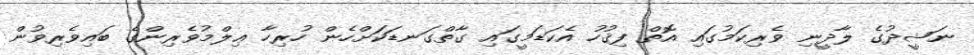
ނަޝީދުގެ ލާދީނި ވެރިކަމުގައި އޮތް ފިޤުހު އެކަޑަމީގައި ގާތްގަނޑަކަށްހެން ހުރިހާ ޢިލްމުވެރިންގެ ބައިވެރިވުން